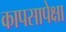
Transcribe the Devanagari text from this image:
कापसापेक्षा